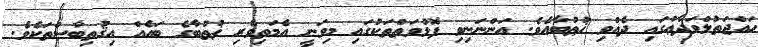
ޙައްޖަތުލްވަދާޢުގައި ދެއްވި ޚުޠުބާއެވެ. އަންނަނިވި ފޮޅުވަތްތަކުގައި މިވަނީ އެމަތިވެރި ޚުޠުބާގެ ބައެއް އިޤުތިބާސްތަކެވެ.